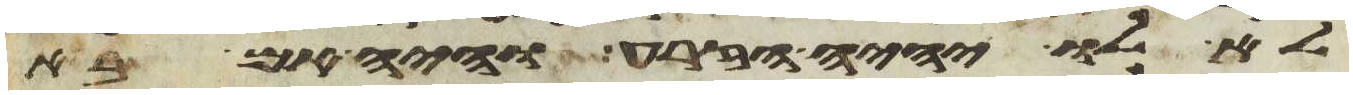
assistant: לא לו יהיה הזרע והיה אם בא